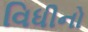
વિધીનો